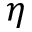
\eta